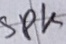
Text: SPK